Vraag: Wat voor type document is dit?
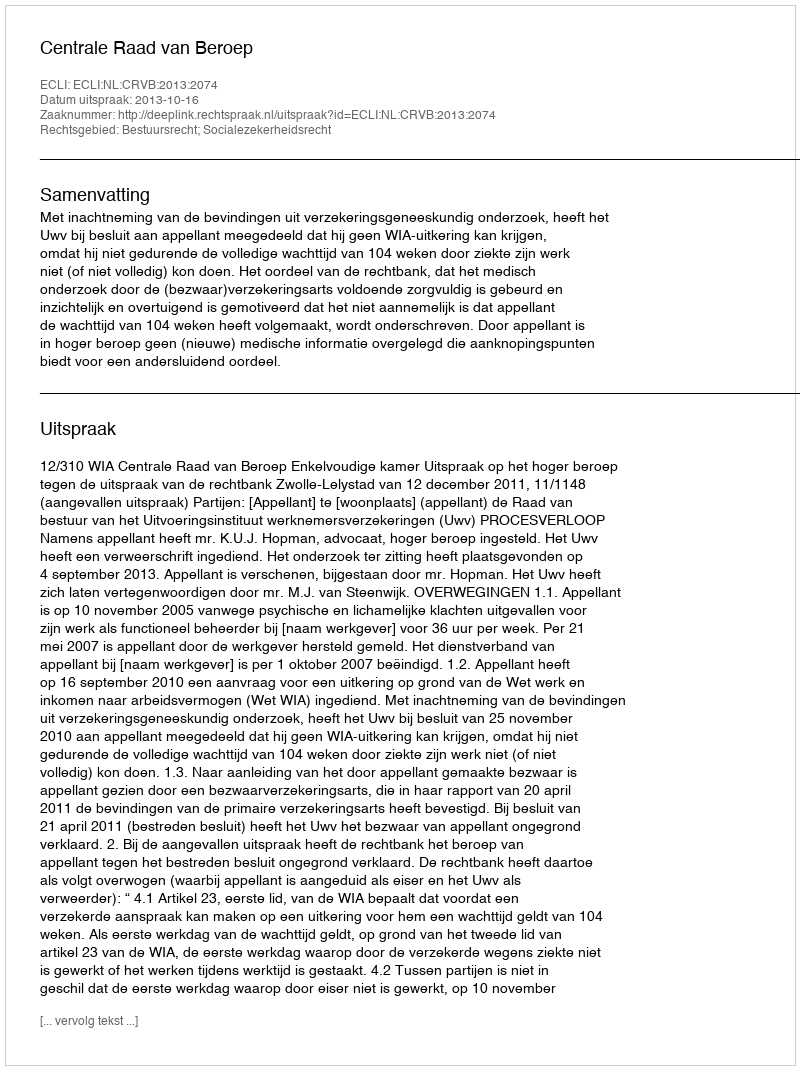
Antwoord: Uitspraak